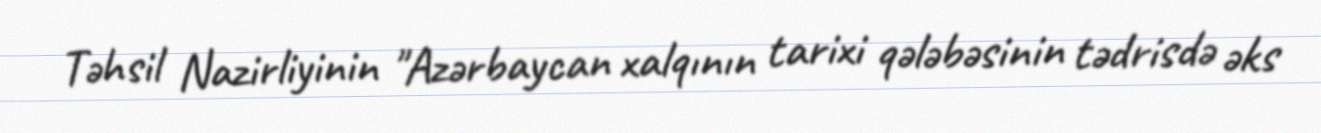
Təhsil Nazirliyinin "Azərbaycan xalqının tarixi qələbəsinin tədrisdə əks